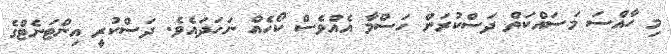
މި ހާއްސަ މަސައްކަތް ދަސްކުރަން ހަސްމާ އެއްވެސް ކޯހެއް ނަހަދައެވެ. ދަސްކުރީ އިންޓަނެޓްގެ